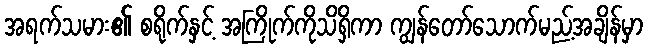
အရက်သမား၏ စရိုက်နှင့် အကြိုက်ကိုသိရှိကာ ကျွန်တော်သောက်မည့်အချိန်မှာ